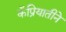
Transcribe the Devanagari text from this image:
कॅप्रियातीने